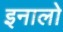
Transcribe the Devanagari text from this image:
इनालो